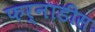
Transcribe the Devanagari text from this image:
फर्नाडीस